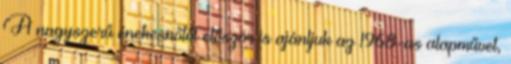
A nagyszerű énekesnőtől először is ajánljuk az 1968-as alapművet,